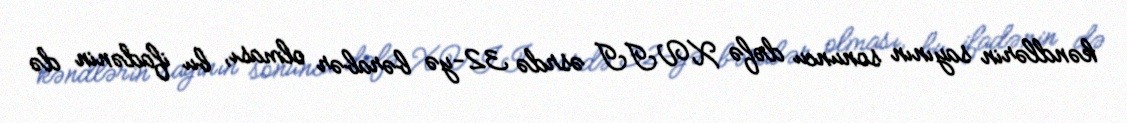
kəndlərin sayının sonuncu dəfə XVII əsrdə 32-yə bərabər olması, bu ifadənin də